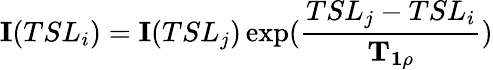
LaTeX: \mathbf{I}(TSL_{i})=\mathbf{I}(TSL_{j})\exp(\frac{TSL_{j}-TSL_{i}}{\mathbf{T_{1\rho}}})